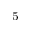
^ { - 5 }